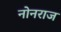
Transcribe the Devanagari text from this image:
नोनराज